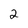
Character: 2